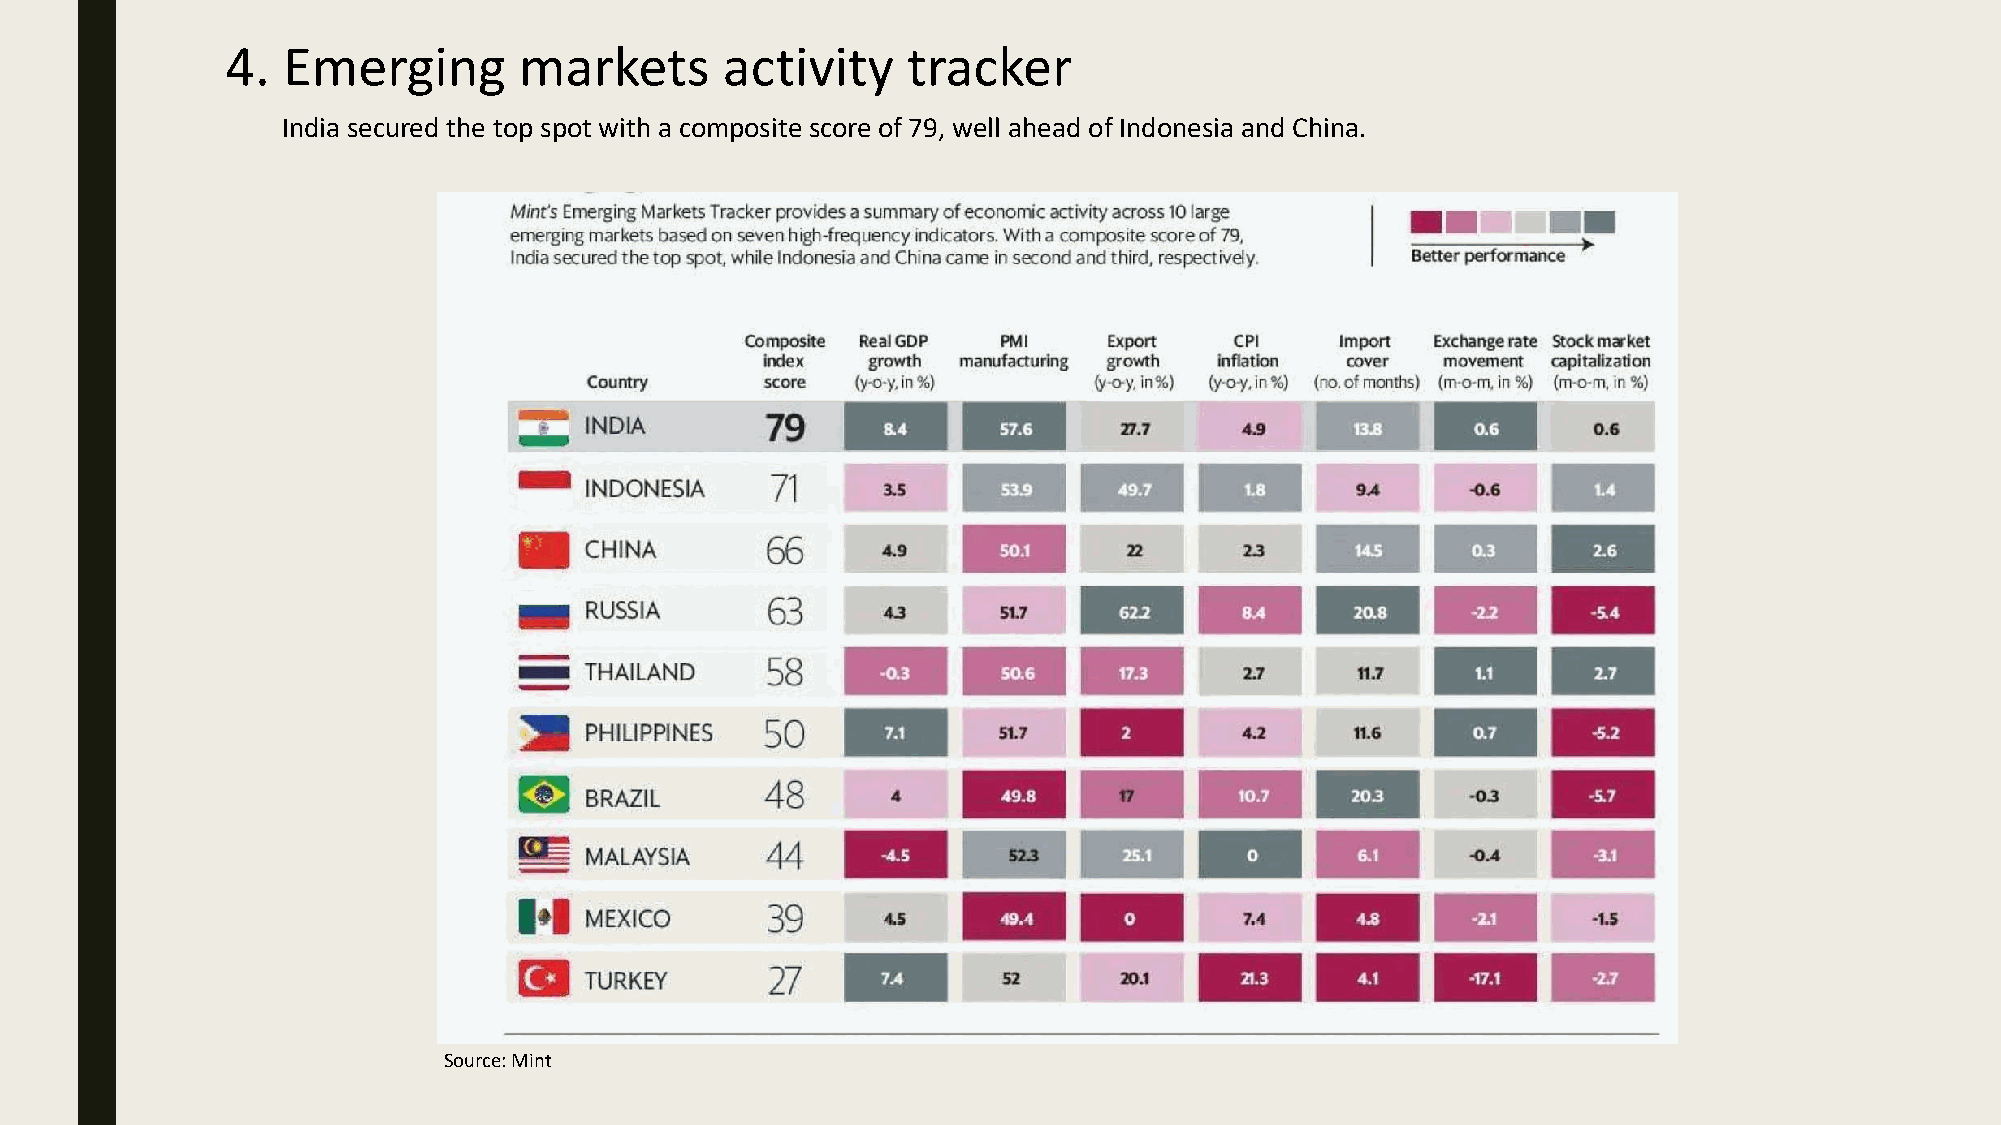
4.  Emerging       markets       activity    tracker
 India secured the top spot with a composite score of 79, well ahead of Indonesia and China.
 Source: Mint